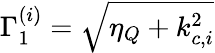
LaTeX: \Gamma_{1}^{(i)}=\sqrt{\eta_{Q}+k_{c,i}^{2}}